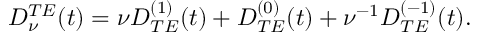
\begin{array} { c } { { \displaystyle { D _ { \nu } ^ { T E } ( t ) = \nu D _ { T E } ^ { ( 1 ) } ( t ) + D _ { T E } ^ { ( 0 ) } ( t ) + \nu ^ { - 1 } D _ { T E } ^ { ( - 1 ) } ( t ) . } } } \end{array}